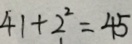
4 1 + 2 ^ { 2 } = 4 5